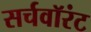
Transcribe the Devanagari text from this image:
सर्चवॉरंट